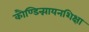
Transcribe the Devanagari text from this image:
काैण्डिन्न्यायनशिक्षा